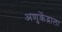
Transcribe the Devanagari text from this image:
अणुकेंद्राला